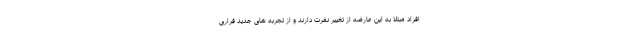
افراد مبتلا به این عارضه از تغییر نفرت دارند و از تجربه های جدید فراری